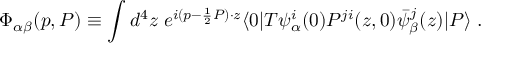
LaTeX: \Phi _ { \alpha \beta } ( p , P ) \equiv \int d ^ { 4 } z \; e ^ { i ( p - { \frac { 1 } { 2 } } P ) \cdot z } \langle 0 | T \psi _ { \alpha } ^ { i } ( 0 ) P ^ { j i } ( z , 0 ) \bar { \psi } _ { \beta } ^ { j } ( z ) | P \rangle \; .